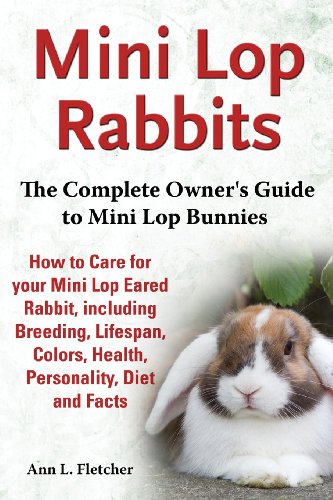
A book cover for Mini Lop Rabbits, The Complete Owner's Guide to Mini Lop Bunnies, How to Care for your Mini Lop Eared Rabbit, including Breeding, Lifespan, Colors, Health, Personality, Diet and Facts; Ann L. Fletcher; Crafts, Hobbies & Home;